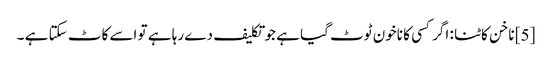
[5] ناخن کاٹنا : اگر کسی کا ناخون ٹوٹ گیا ہے جو تکلیف دے رہا ہے تو اسے کاٹ سکتا ہے ۔